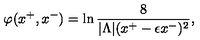
\varphi ( x ^ { + } , x ^ { - } ) = \ln { \frac { 8 } { | \Lambda | ( x ^ { + } - \epsilon x ^ { - } ) ^ { 2 } } } ,